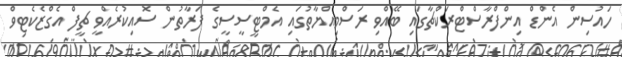
ހައުސިން އެންޑް އިންފްރާސްޓްރަކްޗާގައި ބޭއްވި ރަސްމިއްޔާތުގައި އެމްޓީސީސީގެ ފަރާތުން ސޮއިކުރެއްވީ ޗީފް އެގްޒެކެޓިވް